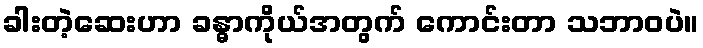
ခါးတဲ့ဆေးဟာ ခန္ဓာကိုယ်အတွက် ကောင်းတာ သဘာဝပဲ။